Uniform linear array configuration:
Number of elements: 8
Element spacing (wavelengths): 1
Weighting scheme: binomial
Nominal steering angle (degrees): -60
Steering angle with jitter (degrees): -60.931
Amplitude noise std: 0.05
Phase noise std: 0.05

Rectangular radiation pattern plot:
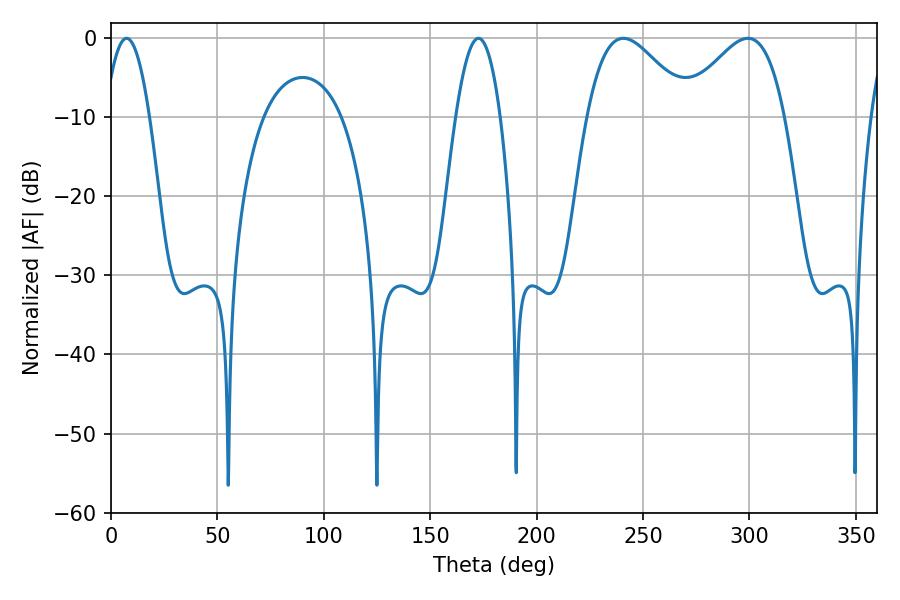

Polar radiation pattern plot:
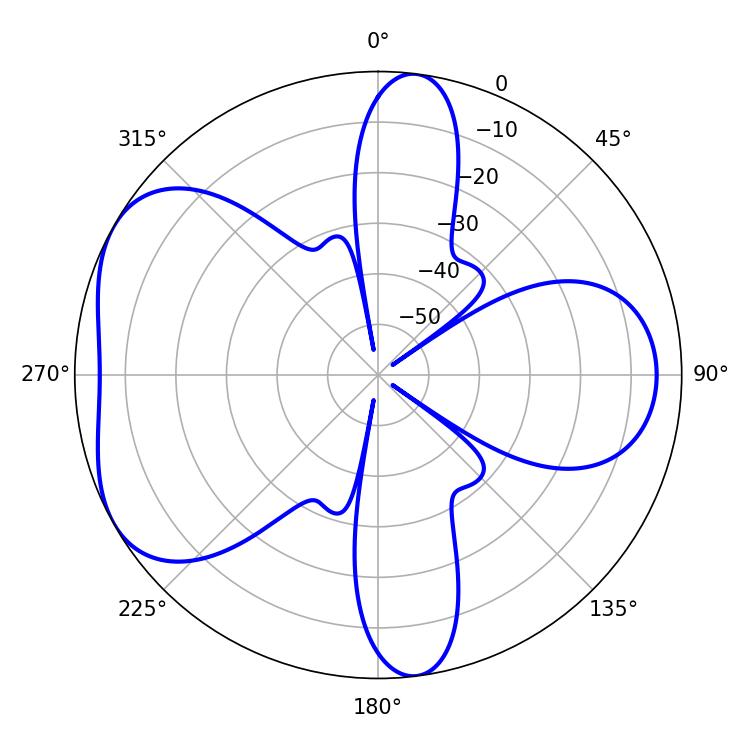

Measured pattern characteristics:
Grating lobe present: TRUE
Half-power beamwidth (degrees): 25.92
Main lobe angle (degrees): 240.84